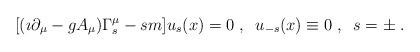
LaTeX: \begin{align*}[(\imath\partial_\mu-gA_\mu)\Gamma^\mu_s-sm]u_s(x)=0\;,\;\;u_{-s}(x)\equiv 0\;,\;\;s=\pm\;.\end{align*}